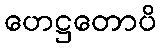
ဟေဋ္ဌတောပိ